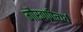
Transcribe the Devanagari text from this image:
गौरवाप्रीत्यर्थ